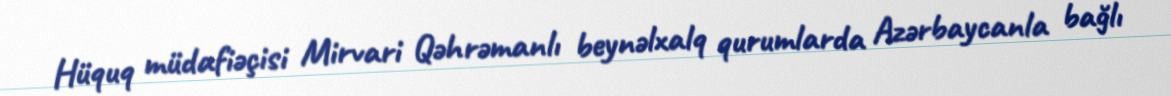
Hüquq müdafiəçisi Mirvari Qəhrəmanlı beynəlxalq qurumlarda Azərbaycanla bağlı